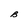
Character: B